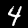
Label: 4